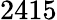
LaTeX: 2415